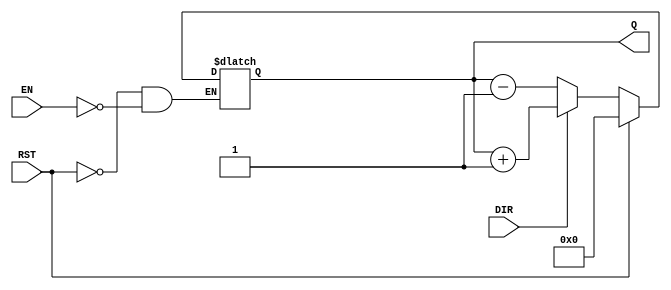
module async_counter #(
    parameter BIT_WIDTH = 4 // Default to 4 bits, can be set from 3 to 8
)(
    input wire EN,          // Enable signal
    input wire DIR,         // Count direction (1 = up, 0 = down)
    input wire RST,         // Asynchronous reset
    output reg [BIT_WIDTH-1:0] Q // Count value
);

    // Asynchronously reset the counter
    always @(*) begin
        if (RST) begin
            Q <= 0; // Reset the count to zero
        end else if (EN) begin
            // Count up or down based on DIR
            if (DIR) begin
                Q <= Q + 1; // Increment the count
            end else begin
                Q <= Q - 1; // Decrement the count
            end
        end
    end

endmodule